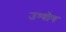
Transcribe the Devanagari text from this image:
उग्योग